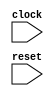
module timing_control_and_synchronization(
    input wire clock,
    input wire reset,
    // Add additional input/output signals as needed
);

// Timing control block implementation
// Manage setup, hold times, clock frequency, data transfer rates
// Generate clock signals for bus operation

// Synchronization block implementation
// Handle clock domain crossings
// Ensure data transfers are properly synchronized between different clock domains

// Add your Verilog code here

endmodule